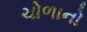
ચોળાનો